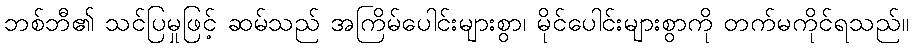
ဘစ်ဘီ၏ သင်ပြမှုဖြင့် ဆမ်သည် အကြိမ်ပေါင်းများစွာ၊ မိုင်ပေါင်းများစွာကို တက်မကိုင်ရသည်။